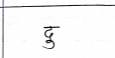
मजकूर: दु